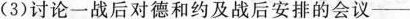
(3)讨论一战后对德和约及战后安排的会议-